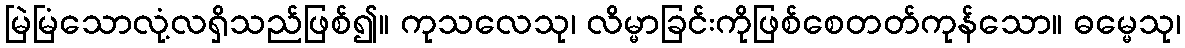
မြဲမြံသောလုံ့လရှိသည်ဖြစ်၍။ ကုသလေသု၊ လိမ္မာခြင်းကိုဖြစ်စေတတ်ကုန်သော။ ဓမ္မေသု၊